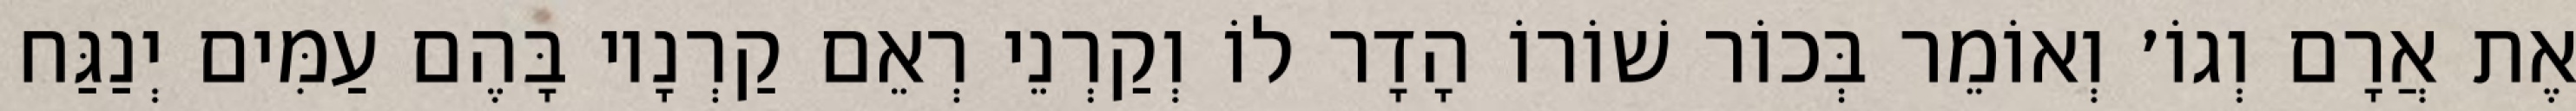
אֶת אֲרָם וְגוֹ׳ וְאוֹמֵר בְּכוֹר שׁוֹרוֹ הָדָר לוֹ וְקַרְנֵי רְאֵם קַרְנָיו בָּהֶם עַמִּים יְנַגַּח